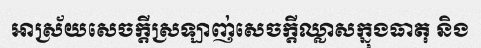
អាស្រ័យសេចក្តីស្រឡាញ់សេចក្តីឈ្លាសក្នុងធាតុ និង